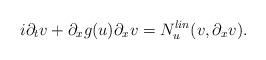
LaTeX: \begin{align*} i \partial_t v + \partial_x g(u) \partial_x v = N^{lin}_u(v,\partial_x v). \end{align*}